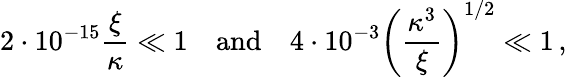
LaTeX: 2\cdot 10^{-15}\frac{\xi}{\kappa}\ll 1\quad\mathrm{and}\quad 4\cdot 10^{-3}\left(\frac{\kappa^{3}}{\xi}\right)^{1/2}\ll 1\, ,